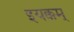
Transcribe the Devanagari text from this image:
इयक्कम्